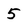
Character: 5